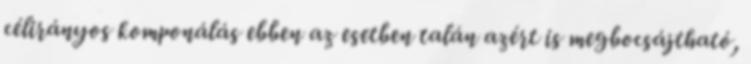
célirányos komponálás ebben az esetben talán azért is megbocsájtható,